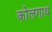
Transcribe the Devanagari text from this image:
कोलगाथ